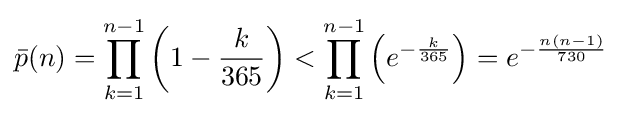
{\bar {p}}(n)=\prod _{k=1}^{n-1}\left(1-{\frac {k}{365}}\right)<\prod _{k=1}^{n-1}\left(e^{-{\frac {k}{365}}}\right)=e^{-{\frac {n(n-1)}{730}}}